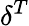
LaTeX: \delta^{T}